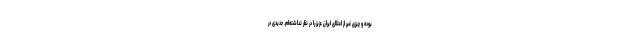
بوده و چیزی غیر از اعتلای ایران عزیز را در نظر نداشته‌ام. جدیدی در